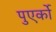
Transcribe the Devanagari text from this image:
पुएर्को